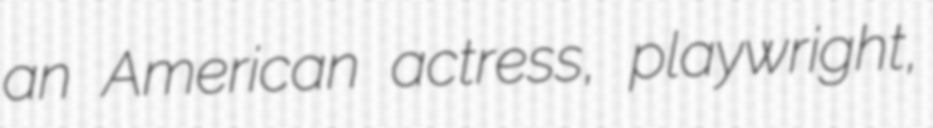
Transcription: an American actress, playwright,